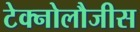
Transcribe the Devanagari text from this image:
टेक्नोलौजीस